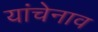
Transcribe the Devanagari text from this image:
यांचेनाव